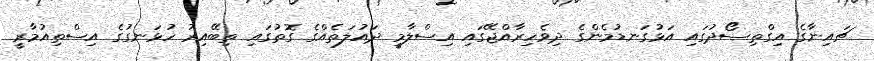
ޗައިނާގެ އިގްތިސޯދުގައި އަޅުގަނޑުމެންގެ ދިވެހިރާއްޖޭގައި އިސްލާމީ ދައުލަތެއްގެ ގޮތުގައި ތިބޭއިރު ހުޅަނގުގެ އިސްތިއުމާރީ